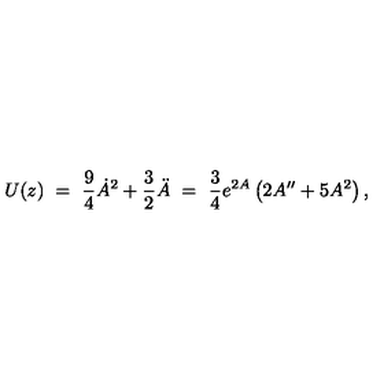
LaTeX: U ( z ) \ = \ \frac { 9 } { 4 } \dot { A } ^ { 2 } + \frac { 3 } { 2 } \ddot { A } \ = \ \frac { 3 } { 4 } e ^ { 2 A } \left( 2 A ^ { \prime \prime } + 5 A ^ { 2 } \right) ,